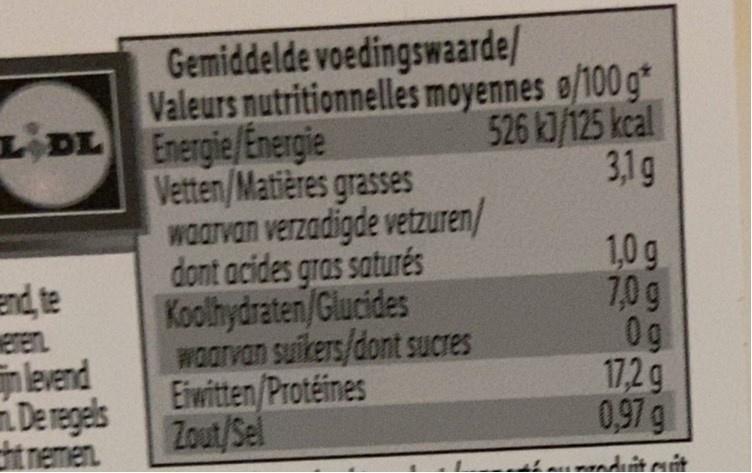
Gemiddelde voedingswaarde/ Valeurs nutritionnelles moyennes o/100 g*
LIDL Energie/Energie
526 k3/125 kcal 3,1g
end te eren levend Deregels t nemen.
Vetten/Matières grasses wOOrvan verzadigde vetzuren/ dont acides gras saturés Koolhydraten/Glucides Waarvan suikers/dont sucres Eiwitten/Protéines Zout/Sel
1,0 g 7,0g 0g 17,2g 0,97 g